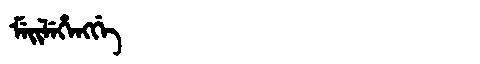
Manchu: ᠮᡝᡳᠯᡝᡥᡝᠩᡤᡝ
Romanization: MEILEHENGGE